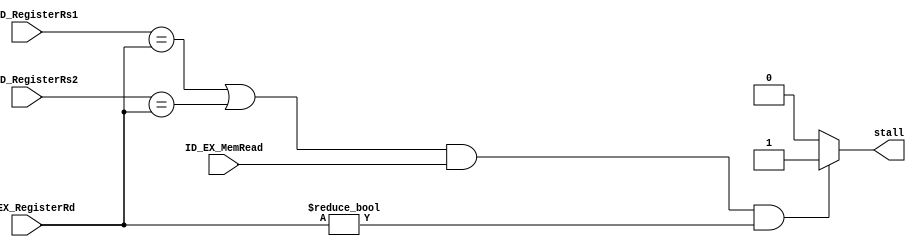
`timescale 1ns / 1ps

module Hazard_Detection(
    output reg stall, 
    input wire [31:0] IF_ID_RegisterRs1, IF_ID_RegisterRs2, ID_EX_RegisterRd, ID_EX_MemRead
);
    always@(*) begin
        if (
                ( (IF_ID_RegisterRs1==ID_EX_RegisterRd) || (IF_ID_RegisterRs2==ID_EX_RegisterRd) )
                && ID_EX_MemRead && ID_EX_RegisterRd != 0
            )
                stall = 1'b1 ;
        else    stall = 1'b0;

    end
endmodule